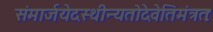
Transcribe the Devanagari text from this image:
संमार्जयेदस्थीन्यतोदेवेतिमंत्रतः